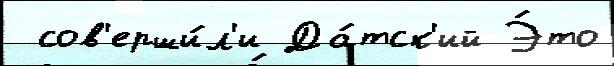
 сов'ерши́л'и Да́тск'ий Э́то